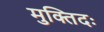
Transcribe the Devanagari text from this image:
मुक्तिदः